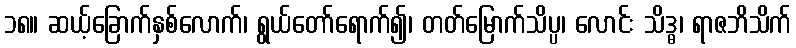
၁၈။ ဆယ့်ခြောက်နှစ်လောက်၊ ရွယ်တော်ရောက်၍၊ တတ်မြောက်သိပ္ပ၊ လောင်း သိဒ္ဓ၊ ရာဇဘိသိက်